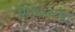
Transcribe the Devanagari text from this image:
सिनेमावरील